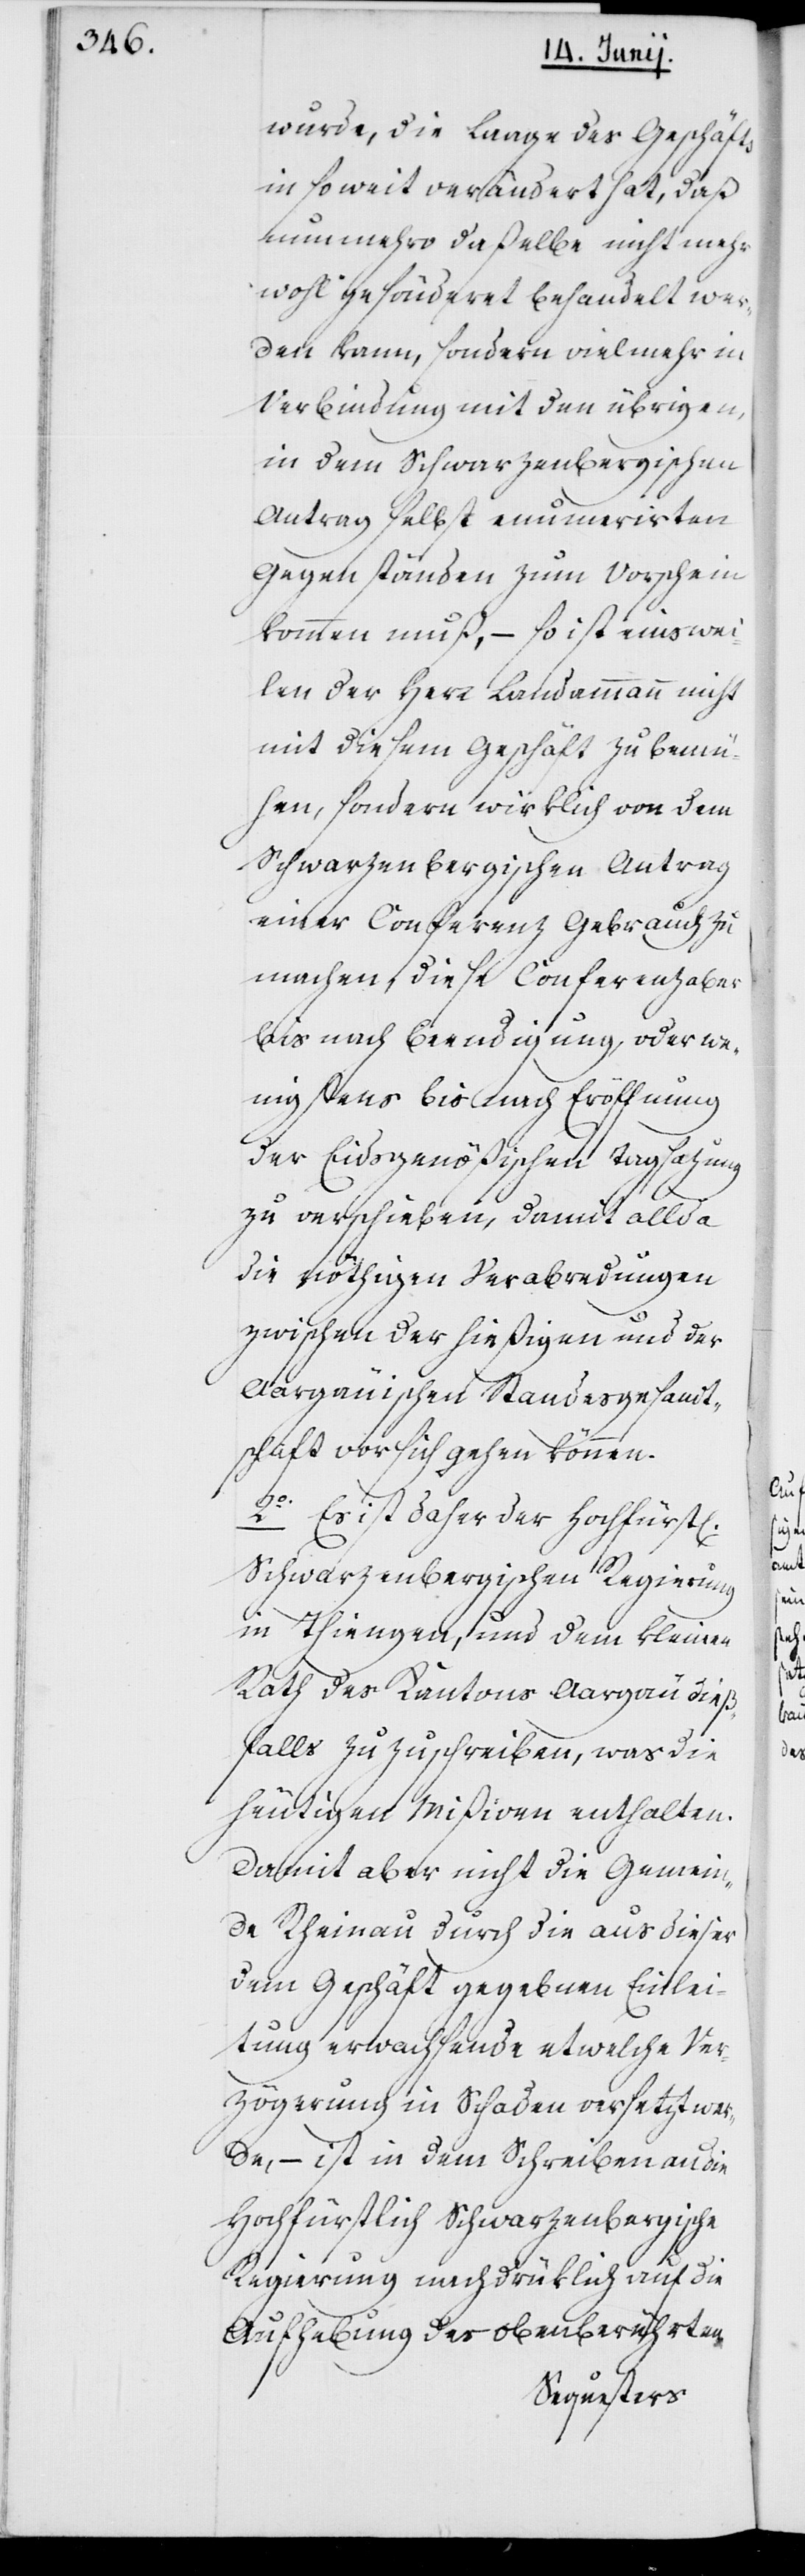
wurde, die Laage des Geschäfts
insoweit verändert hat, daß
nunmehro daßelbe nicht mehr
wohl gesönderet behandelt wer¬
den kann, sondern vielmehr in
Verbindung mit den übrigen,
in dem Schwarzenbergischen
Antrag selbst enumerierten
Gegenständen zum Vorschein
kommen muß, – so ist einswei¬
len der Herr Landammann nicht
mit diesem Geschäft zu bemü¬
hen, sondern wirklich von dem
Schwarzenbergischen Antrag
einer Conferenz Gebrauch zu
machen, diese Conferenz aber
bis nach Beendigung oder we¬
nigstens bis nach Eröffnung
der Eidsgenößischen Tagsazung
zu verschieben, damit allda
die nöthigen Verabredungen
zwischen der hießigen und der
Aargäuischen Standesgesandt¬
schaft vor sich gehen können.
2o. Es ist daher der Hochfürstl.
Schwarzenbergischen Regierung
in Thiengen, und dem kleinen
Rath des Kantons Aargäu dieß¬
falls zuzuschreiben, was die
heutigen Mißiven enthalten.
Damit aber nicht die Gemein¬
de Rheinau durch die aus dieser
dem Geschäft gegebenen Einlei¬
tung erwachsende etwelche Ver¬
zögerung in Schaden versetzt wer¬
de, – ist in dem Schreiben an die
Hochfürstl. Schwarzenbergische
Regierung nachdrücklich auf die
Aufhebung der des obenberührten